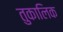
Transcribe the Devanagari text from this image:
तुकालिक